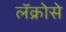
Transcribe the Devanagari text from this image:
लॅक्रोसे